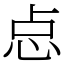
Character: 㤐